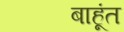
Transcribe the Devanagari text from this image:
बाहूंत